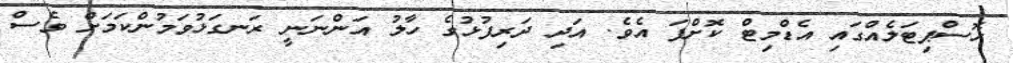
ހޮސްޕިޓަލެއްގައި އެޑްމިޓް ކޮށްފަ އެވެ. އަދި ދަރިފުޅުގެ ހާލު އަންނަނީ ރަނގަޅުވަމުންކަމަށް ވެސް